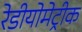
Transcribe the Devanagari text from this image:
रेडीयोमेट्रीक